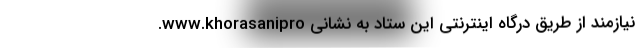
نیازمند از طریق درگاه اینترنتی این ستاد به نشانی www.khorasanipro.